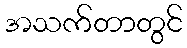
အသက်တာတွင်